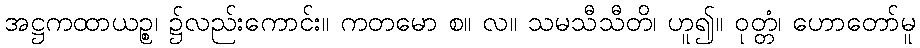
အဋ္ဌကထာယဉ္စ၊ ၌လည်းကောင်း။ ကတမော စ။ လ။ သမသီသီတိ၊ ဟူ၍။ ဝုတ္တံ၊ ဟောတော်မူ